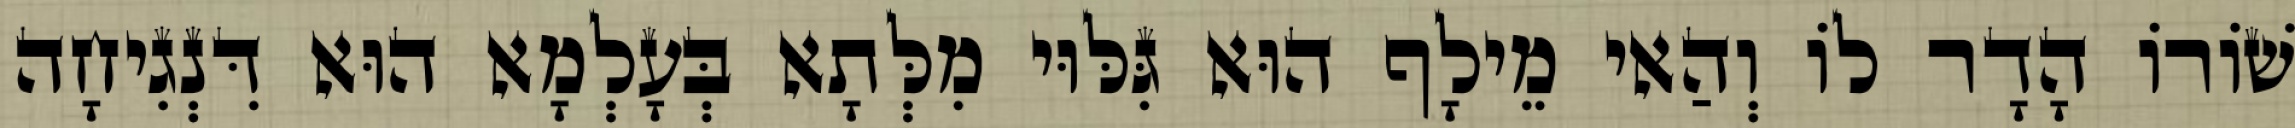
שׁוֹרוֹ הָדָר לוֹ וְהַאי מֵילָף הוּא גִּלּוּי מִלְּתָא בְּעָלְמָא הוּא דִּנְגִיחָה